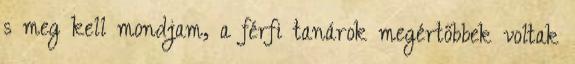
s meg kell mondjam, a férfi tanárok megértőbbek voltak